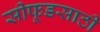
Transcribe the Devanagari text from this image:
सीफूडसाठी